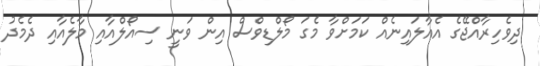
ދިވެހިރާއްޖޭގެ އެއާލައިނެއް ކަމަށްވާ މެގަ މޯލްޑިވްސް އިން ވަނީ ސިއޯލްއާއި މާލެއާއި ދެމެދު